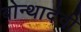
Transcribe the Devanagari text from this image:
बोन्थादेवी